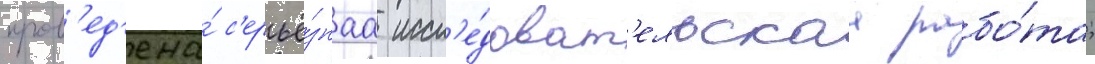
пров'ед'ена́ с'ерьё́знаа иссл'е́доват'ельскаа рабо́та;